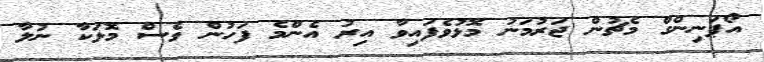
އޯޕަނިންގް މެޗުން ޖަރުމަނު މޮޅުވެފައިވާ އިރު އެންމެ ފަހުން ވެސް މޮޅަކާ ނުލާ